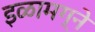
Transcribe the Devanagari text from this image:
इळामग्ने